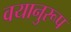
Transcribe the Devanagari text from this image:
वयानुरूप